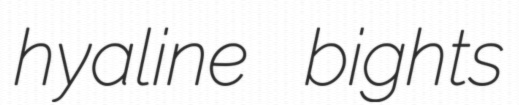
hyaline bights